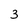
Character: 3